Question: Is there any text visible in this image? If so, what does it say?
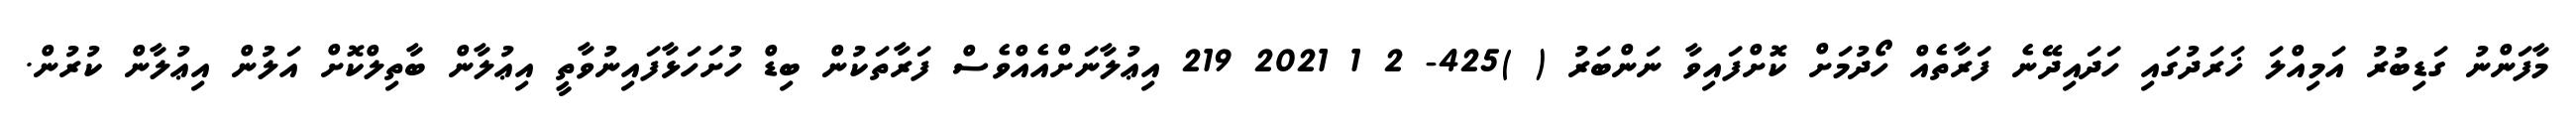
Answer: މާފަންނު ގަޑިބުރު އަމިއްލަ ޚަރަދުގައި ހަދައިދޭނެ ފަރާތެއް ހޯދުމަށް ކޮށްފައިވާ ނަންބަރު ( )425- 2 1 2021 219 އިޢުލާނަށްއެއްވެސް ފަރާތަކުން ބިޑް ހުށަހަޅާފައިނުވާތީ އިޢުލާން ބާތިލްކޮށް އަލުން އިޢުލާން ކުރުން.